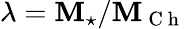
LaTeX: \lambda=\mathbf{M}_{\star}/\mathbf{M}_{\mathrm{{~C~h~}}}